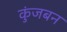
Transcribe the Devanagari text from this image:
कुंजबन